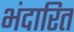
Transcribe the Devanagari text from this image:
भंदारित